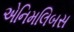
એનિમલિબસ